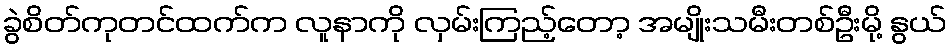
ခွဲစိတ်ကုတင်ထက်က လူနာကို လှမ်းကြည့်တော့ အမျိုးသမီးတစ်ဦးမို့ နွယ်